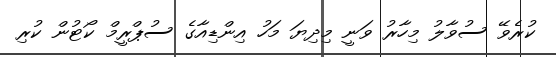
ކުރެވޭ ސުވާލު މިހާރު ވަނީ މިދިޔަ މަހު އިންޑިއާގެ ސުޕްރީމް ކޯޓުން ކުރި